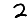
Digit: 2